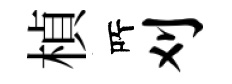
楨𠩄刈